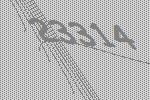
23314